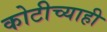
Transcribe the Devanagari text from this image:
कोटीच्याही